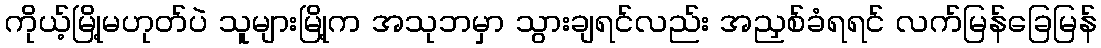
ကိုယ့်မြို့မဟုတ်ပဲ သူများမြို့က အသုဘမှာ သွားချရင်လည်း အညှစ်ခံရရင် လက်မြန်ခြေမြန်